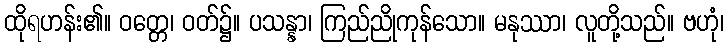
ထိုရဟန်း၏။ ဝတ္တေ၊ ဝတ်၌။ ပသန္နာ၊ ကြည်ညိုကုန်သော။ မနုဿာ၊ လူတို့သည်။ ဗဟုံ၊